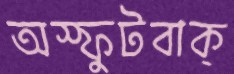
অস্ফুটবাক্